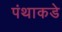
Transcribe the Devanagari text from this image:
पंथाकडे